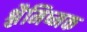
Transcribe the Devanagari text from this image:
श्लैमिष्मक